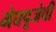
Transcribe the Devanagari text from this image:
मेघपूजेची